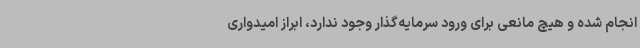
انجام شده و هیچ مانعی برای ورود سرمایه‌گذار وجود ندارد، ابراز امیدواری